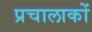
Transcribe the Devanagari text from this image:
प्रचालाकों